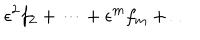
LaTeX: \epsilon ^ { 2 } f _ { 2 } + \dots + \epsilon ^ { m } f _ { m } + \dots